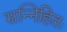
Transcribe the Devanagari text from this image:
सन्निहितः